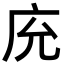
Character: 𢇰